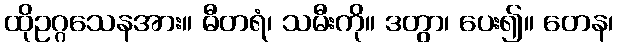
ထိုဥဂ္ဂသေနအား။ ဓီတရံ၊ သမီးကို။ ဒတွာ၊ ပေး၍။ တေန၊